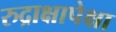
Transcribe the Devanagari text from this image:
रुद्राक्षापेक्षा